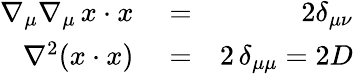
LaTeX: \begin{array}{rlr}{\nabla_{\mu}\nabla_{\mu}\, x\cdot x}&{{}=}&{2\delta_{\mu\nu}}\\ {\nabla^{2}(x\cdot x)}&{{}=}&{2\, \delta_{\mu\mu}=2D}\end{array}